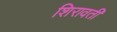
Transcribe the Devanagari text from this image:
शिरावती